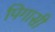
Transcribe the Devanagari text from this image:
पिगासी